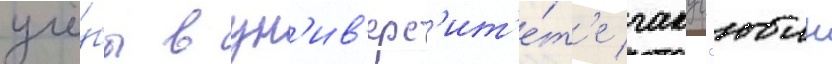
учё́бы в ун'ив'ерс'ит'е́т'е гакус'юин